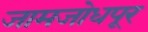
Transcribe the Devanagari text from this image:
जामजोधपूर